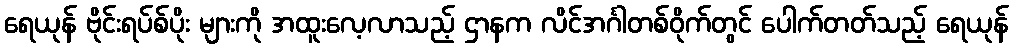
ရေယုန် ဗိုင်းရပ်စ်ပိုး များကို အထူးလေ့လာသည့် ဌာနက လိင်အင်္ဂါတစ်ဝိုက်တွင် ပေါက်တတ်သည့် ရေယုန်